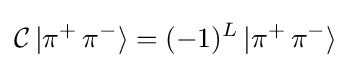
{\mathcal {C}}\,|\pi ^{+}\,\pi ^{-}\rangle =(-1)^{L}\,|\pi ^{+}\,\pi ^{-}\rangle